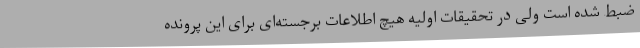
ضبط شده است ولی در تحقیقات اولیه هیچ اطلاعات برجسته‌ای برای این پرونده